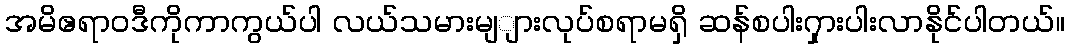
အမိဧရာဝဒီကိုကာကွယ်ပါ လယ်သမားမျျားလုပ်စရာမရှိ ဆန်စပါး၇ှားပါးလာနိုင်ပါတယ်။